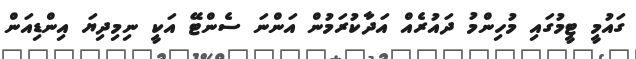
ގައުމީ ޓީމުގައި މުހިންމު ދައުރެއް އަދާކުރަމުން އަންނަ ސެންޓޭ އަކީ ނިމިދިޔަ އިންޑިއަން